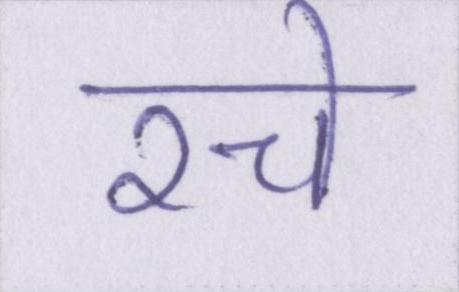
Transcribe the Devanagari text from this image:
रचे